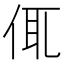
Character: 㑙